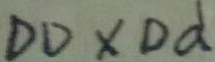
D D \times D d